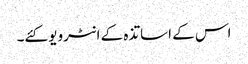
اس کے اساتذہ کے انٹرویو کئے۔